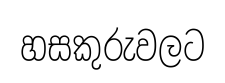
හසකුරුවලට